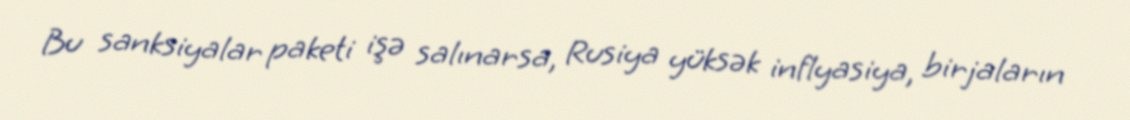
Bu sanksiyalar paketi işə salınarsa, Rusiya yüksək inflyasiya, birjaların